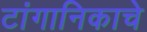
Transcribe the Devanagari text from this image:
टांगानिकाचे